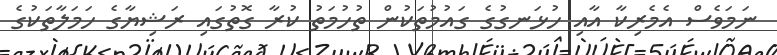
ނަމަވެސް އެެމެރިކާ އާއި ހުޅަނގުގެ ގައުމުތަކުން ތުހުމަތު ކުރާ ގޮތުގައި ރަޝިޔާގެ ހަމަލާތަކުގެ